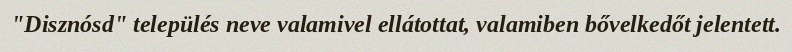
"Disznósd" település neve valamivel ellátottat, valamiben bővelkedőt jelentett.